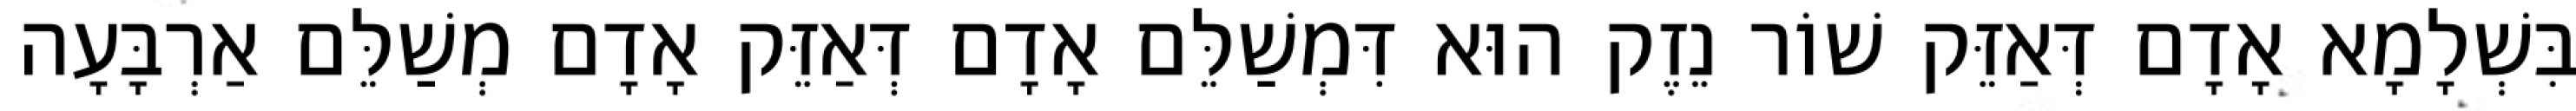
בִּשְׁלָמָא אָדָם דְּאַזֵּק שׁוֹר נֵזֶק הוּא דִּמְשַׁלֵּם אָדָם דְּאַזֵּק אָדָם מְשַׁלֵּם אַרְבָּעָה